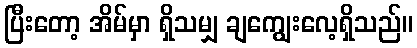
ပြီးတော့ အိမ်မှာ ရှိသမျှ ချကျွေးလေ့ရှိသည်။